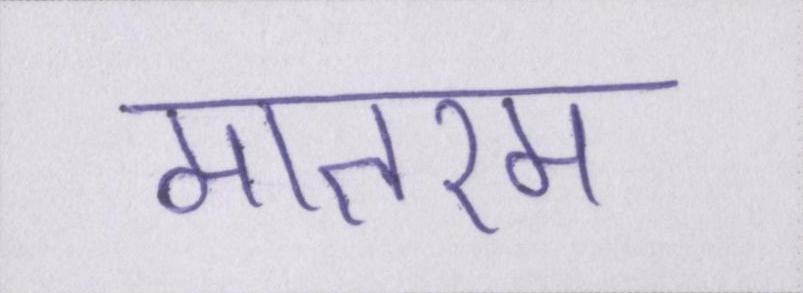
मातरम